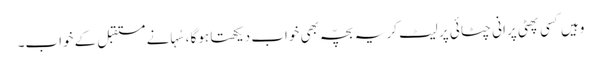
وہیں کسی پھٹی پرانی چٹائی پر لیٹ کر یہ بچّہ بھی خواب دیکھتا ہوگا ،سُہانے مستقبل کے خواب۔